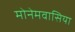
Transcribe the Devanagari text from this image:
मोनेमवासिया